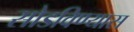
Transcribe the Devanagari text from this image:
सोडविण्यास